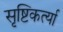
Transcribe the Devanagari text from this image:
सृष्टिकर्त्या